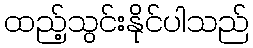
ထည့်သွင်းနိုင်ပါသည်